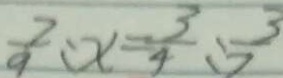
\frac { 2 } { 9 } : x - \frac { 3 } { 4 } : \frac { 3 } { 7 }